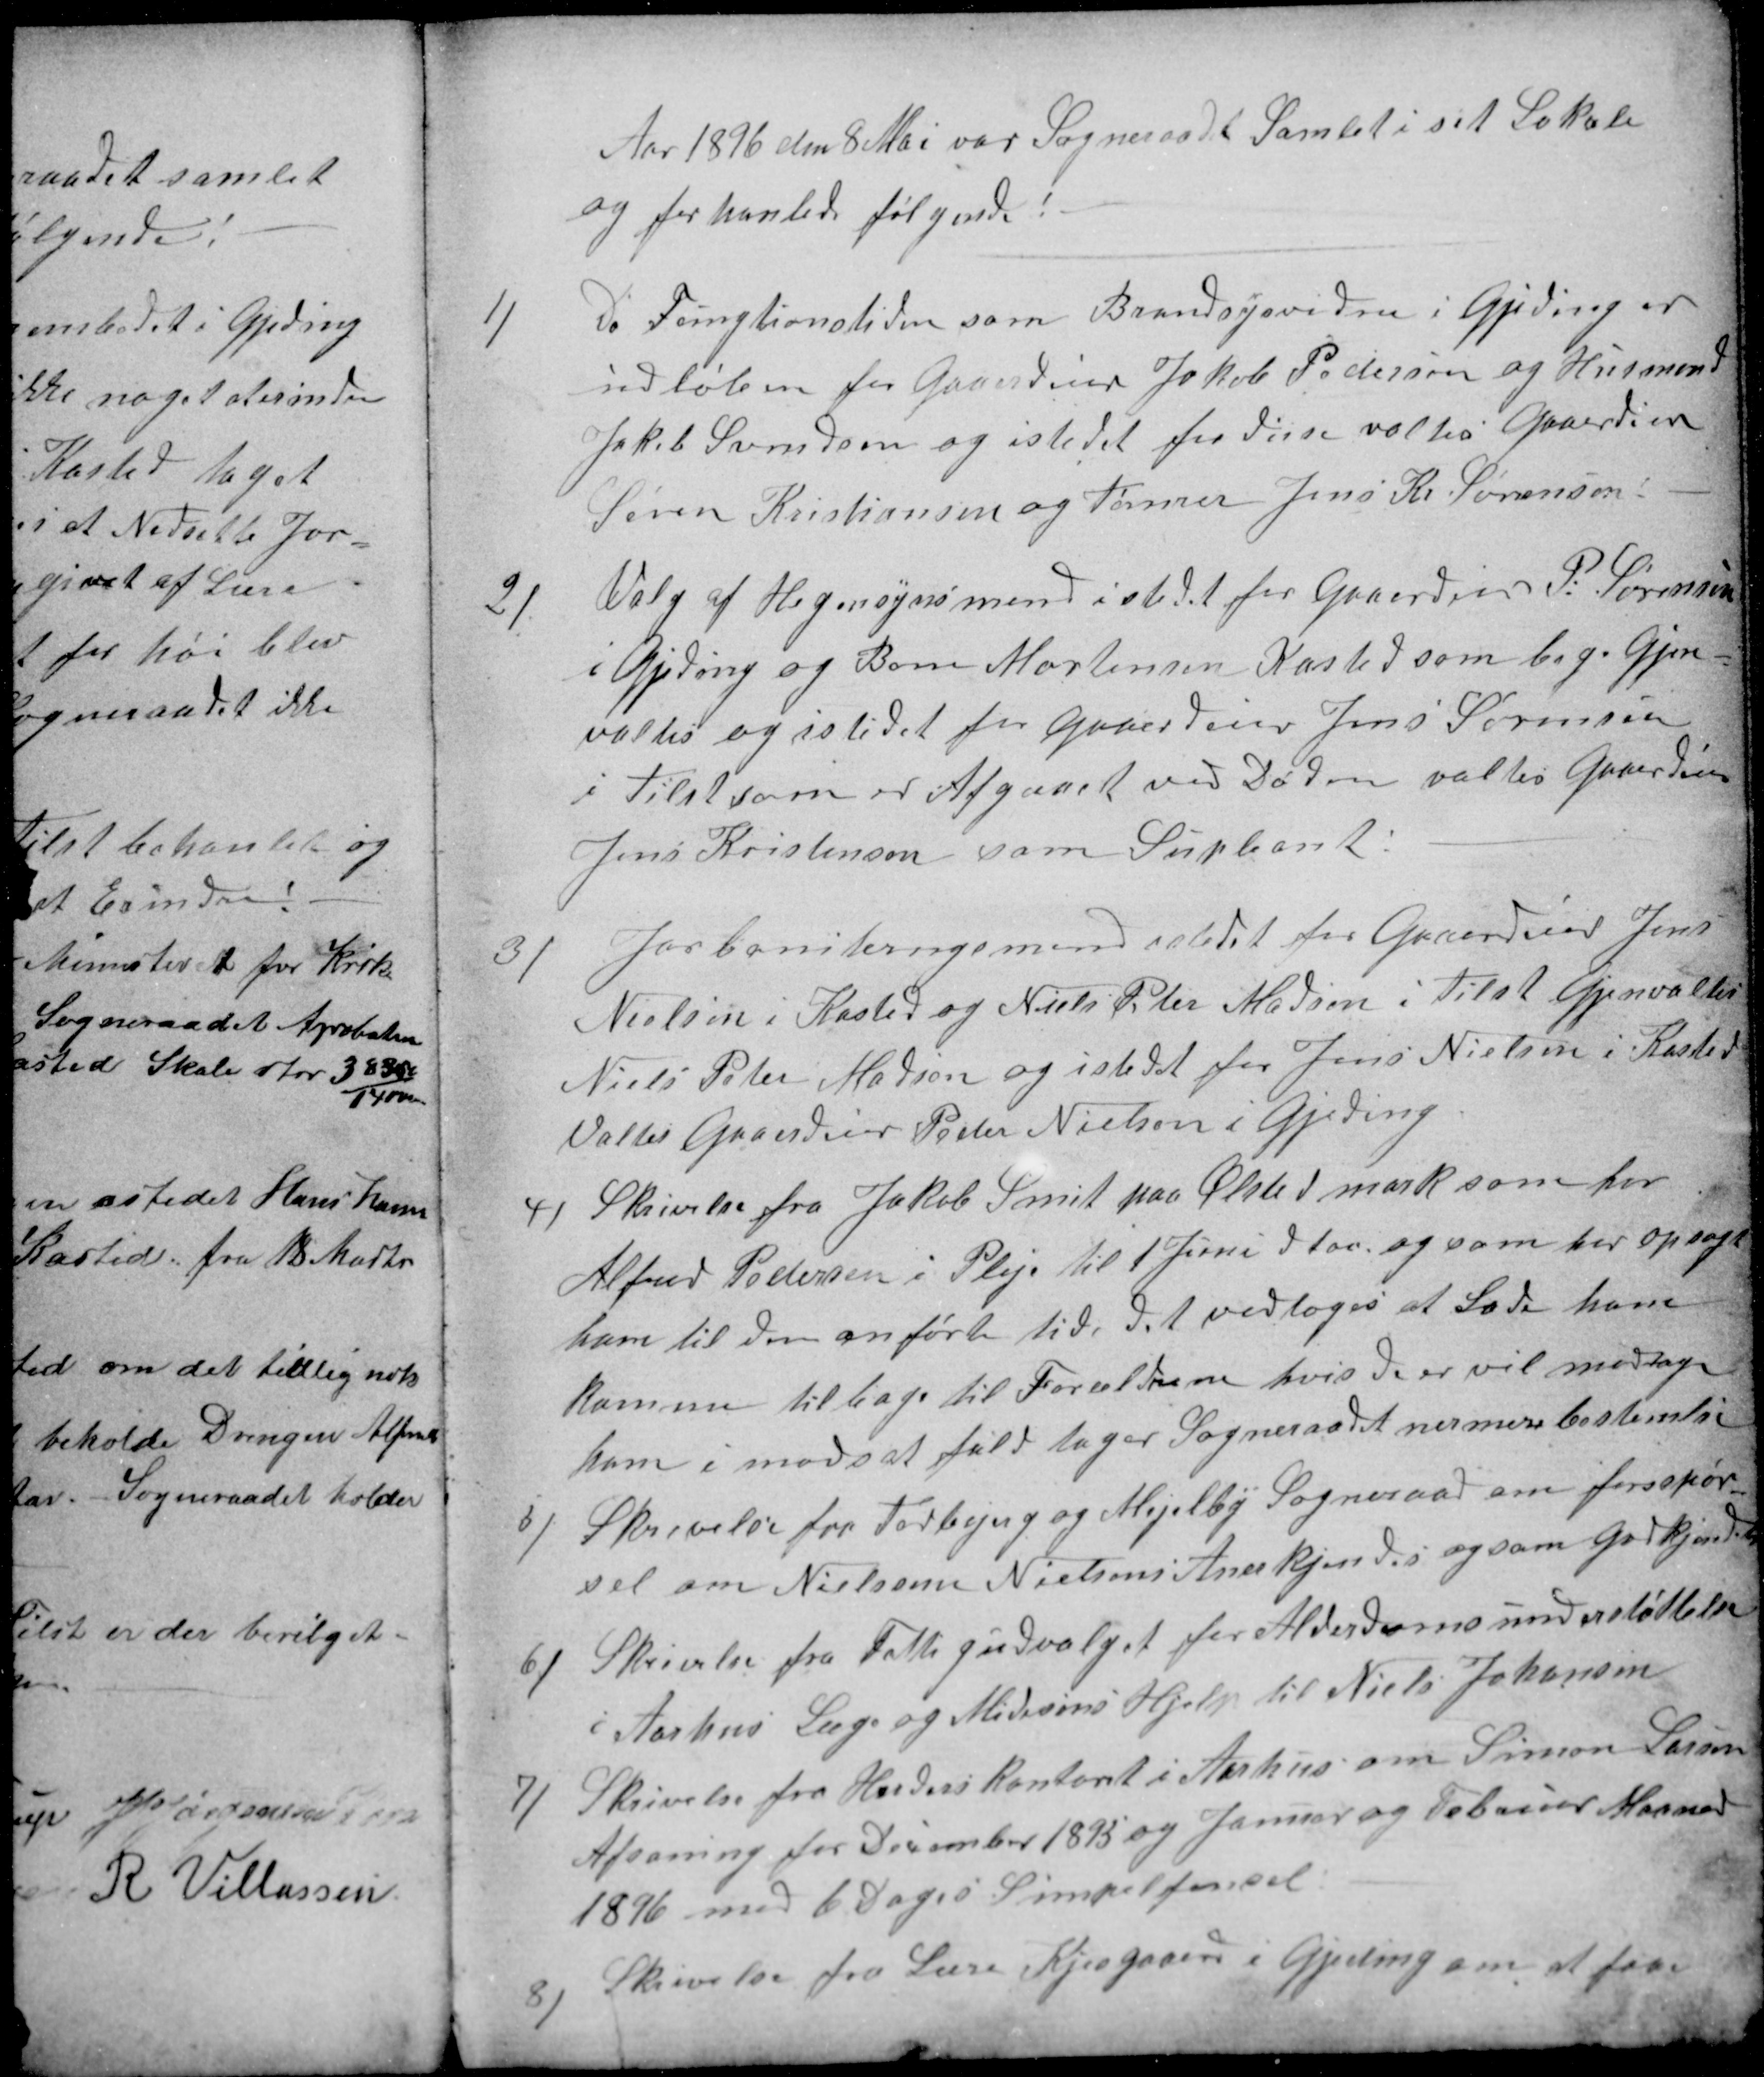
Transskription:
Aar 1896 den 8 Mai var Sogneraadet Samlet i sit Lokale
og forhanlede følgende:
1)
Da Fungtionstiden som Brandsysvidne i Gjeding er
udløben for Gaardeier Jakob Pedersen og Husmand
Jakob Svendsen og istedet for disse valtes Gaardeier
Søren Kristiansen og Tømrer Jens Kr Sørensen:
2)
Valg af Hegnsynsmend istedet for Gaardeier P: Sørensen
i Gjeding og Bone Mortensen Kasted som bege Gjen-
valtes og istedet for Gaardeier Jens Sørensen
i Tilst som er Afgaaet ved Døden valtes Gaardeier
Jens Kristensen som Supleant:
3)
Jorboniteringsmend istedet for Gaardeier Jens
Nielsen i Kasted og Niels Peter Madsen i Tilst Gjenvaltes
Niels Peter Madsen og istedet for Jens Nielsen i Kasted
Valtes Gaardeier Peder Nielsen i Gjeding
4)
Skrivelse fra Jakob Smit paa Ølsted mark som har
Alfred Pedersen Pleje til 1 Juni d  t aa og som har opsagt
ham til den anførte tid, det vedtoges at Lade ham
komme tilbage til Forældrene hvis de er vil modtage
ham i modsat fald tager Sogneraadet nermere bestemlse
5)
Skrivelse fra Todbjerg og Mejlby Sogneraad om forsspør-
sel om Nielsenn Nielsens Anerkjendes og som Godkjendtes
6)
Skrivelse fra Fattigudvalget for Alderdomsunderstøttelse
i Aarhus Læge og Midesins Hjælp til Niels Johansen
7)
Skrivelse fra Herderskontoret i Aarhus om Simon Larsen
Afsoning for December 1895 og Januar og Februar Maaned
1896 med 6 Dages Simpel fengsel
8)
Skrivelse fra Lære Kjesgaard i Gjeding om at faae